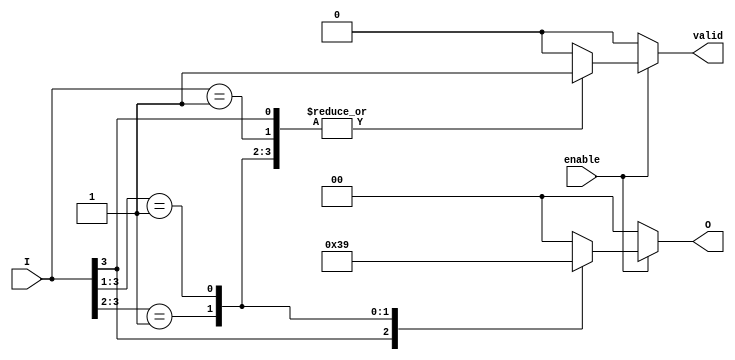
module priority_encoder
#(
    parameter N = 4, // Number of inputs
    parameter M = 2  // Number of bits for output (for N=4, M=2)
)
(
    input  [N-1:0] I,     // Input signals
    input        enable,   // Enable signal
    output reg [M-1:0] O, // Output for the index of highest priority active input
    output reg valid       // Output valid signal
);

    always @(*) begin
        if (enable) begin
            casez (I)
                4'b1??? : begin // I[3] is highest priority
                    O = 2'b11; 
                    valid = 1;
                end
                4'b01?? : begin // I[2] is next highest priority
                    O = 2'b10; 
                    valid = 1;
                end
                4'b001? : begin // I[1] is next highest priority
                    O = 2'b01; 
                    valid = 1;
                end
                4'b0001 : begin // I[0] is lowest priority
                    O = 2'b00; 
                    valid = 1;
                end
                default : begin // No inputs are active
                    O = 2'b00; // Output can be set to any value, but typically 0
                    valid = 0;
                end
            endcase
        end else begin
            O = 2'b00; // If not enabled, output is undefined
            valid = 0; // Not valid if not enabled
        end
    end

endmodule